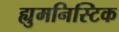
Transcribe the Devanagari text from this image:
ह्युमनिस्टिक